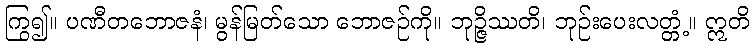
ကြွ၍။ ပဏီတဘောဇနံ၊ မွန်မြတ်သော ဘောဇဉ်ကို။ ဘုဉ္ဇိဿတိ၊ ဘုဉ်းပေးလတ္တံ့။ ဣတိ